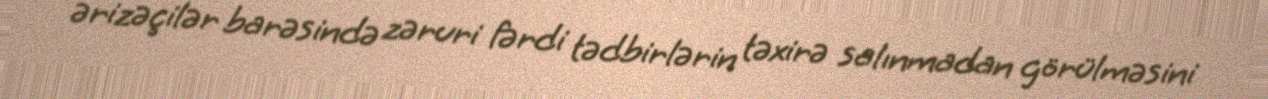
ərizəçilər barəsində zəruri fərdi tədbirlərin təxirə salınmadan görülməsini